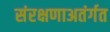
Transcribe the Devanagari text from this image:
संरक्षणाअतंर्गत